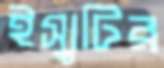
ইস্যুটির